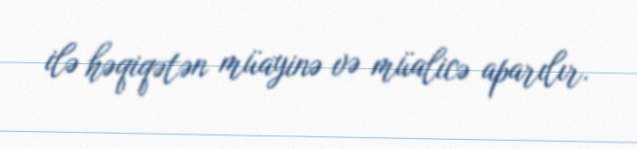
ilə həqiqətən müayinə və müalicə aparılır.